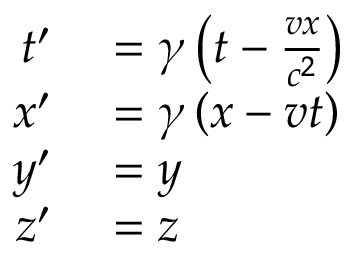
\begin{array} { r l } { t ^ { \prime } } & { { } = \gamma \left( t - { \frac { v x } { c ^ { 2 } } } \right) } \\ { x ^ { \prime } } & { { } = \gamma \left( x - v t \right) } \\ { y ^ { \prime } } & { { } = y } \\ { z ^ { \prime } } & { { } = z } \end{array}